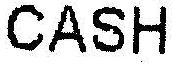
CASH